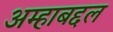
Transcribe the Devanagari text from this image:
अम्हाबद्दल